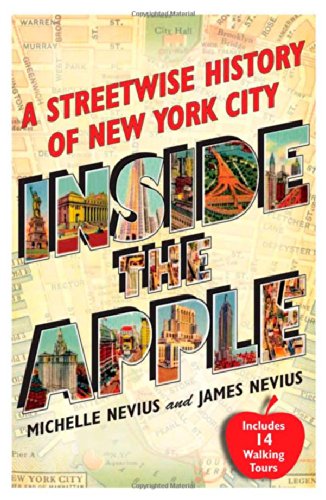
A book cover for Inside the Apple: A Streetwise History of New York City; Michelle Nevius; Travel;